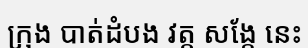
ក្រុង បាត់ដំបង វត្ត សង្កែ នេះ